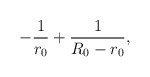
\begin{align*}-\frac{1}{r_0} + \frac{1}{R_{0} - r_{0}},\end{align*}